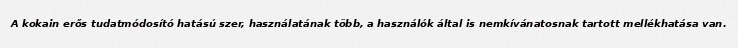
A kokain erős tudatmódosító hatású szer, használatának több, a használók által is nemkívánatosnak tartott mellékhatása van.